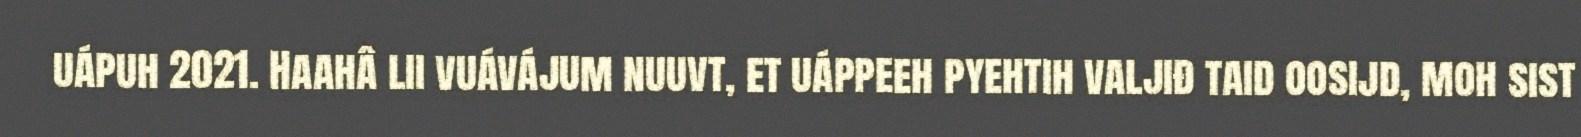
uápuh 2021. Haahâ lii vuávájum nuuvt, et uáppeeh pyehtih valjiđ taid oosijd, moh sist